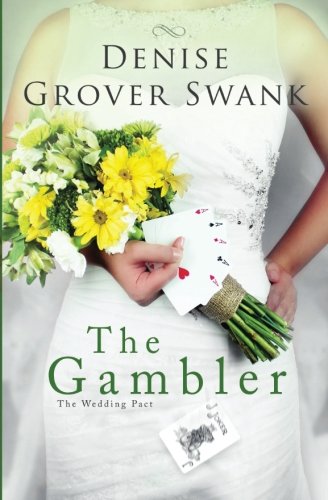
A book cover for The Gambler: The Wedding Pact #3 (Volume 3); Denise Grover Swank; Literature & Fiction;